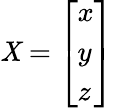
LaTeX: \mathit{X}={\left[\begin{array}{l}{x}\\ {y}\\ {z}\end{array}\right]}